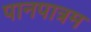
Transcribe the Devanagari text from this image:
पानपात्रम